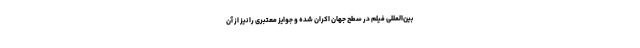
بین‌‌المللی فيلم در سطح جهان اکران شده و جوایز معتبری را نیز از آن